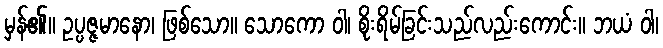
မှန်၏။ ဥပ္ပဇ္ဇမာနော၊ ဖြစ်သော။ သောကော ဝါ၊ စိုးရိမ်ခြင်းသည်လည်းကောင်း။ ဘယံ ဝါ၊